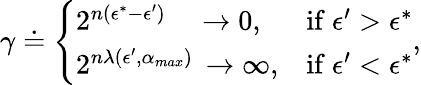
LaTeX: \begin{array}{r}{\gamma\doteq\left\{ \begin{array}{ll}{2^{n(\epsilon^{*}-\epsilon^{\prime})}\quad\to 0,}&{\mathrm{if~}\epsilon^{\prime}>\epsilon^{*}}\\ {2^{n\lambda(\epsilon^{\prime},\alpha_{max})}\, \to\infty,}&{\mathrm{if~}\epsilon^{\prime}<\epsilon^{*}}\end{array}\right.,}\end{array}